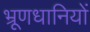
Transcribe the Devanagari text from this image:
भ्रूणधानियों